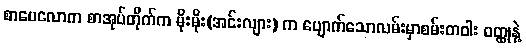
စာပေလောက စာအုပ်တိုက်က မိုးမိုး(အင်းလျား) က ပျောက်သောလမ်းမှာစမ်းတဝါး ဝတ္ထုနဲ့